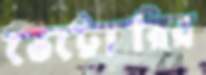
ভেট্টোরির